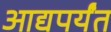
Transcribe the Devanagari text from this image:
आद्यपर्यंत